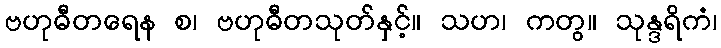
ဗဟုဓီတရေန စ၊ ဗဟုဓီတသုတ်နှင့်။ သဟ၊ ကတွ။ သုန္ဒရိကံ၊